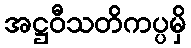
အဋ္ဌဝီသတိကပ္ပမှိ